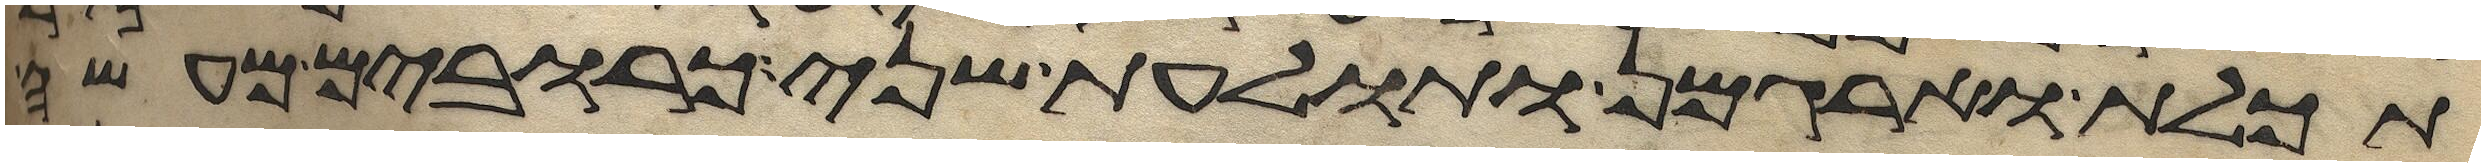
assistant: תכלת וארגמן ותולעת שני כרובים מעשה